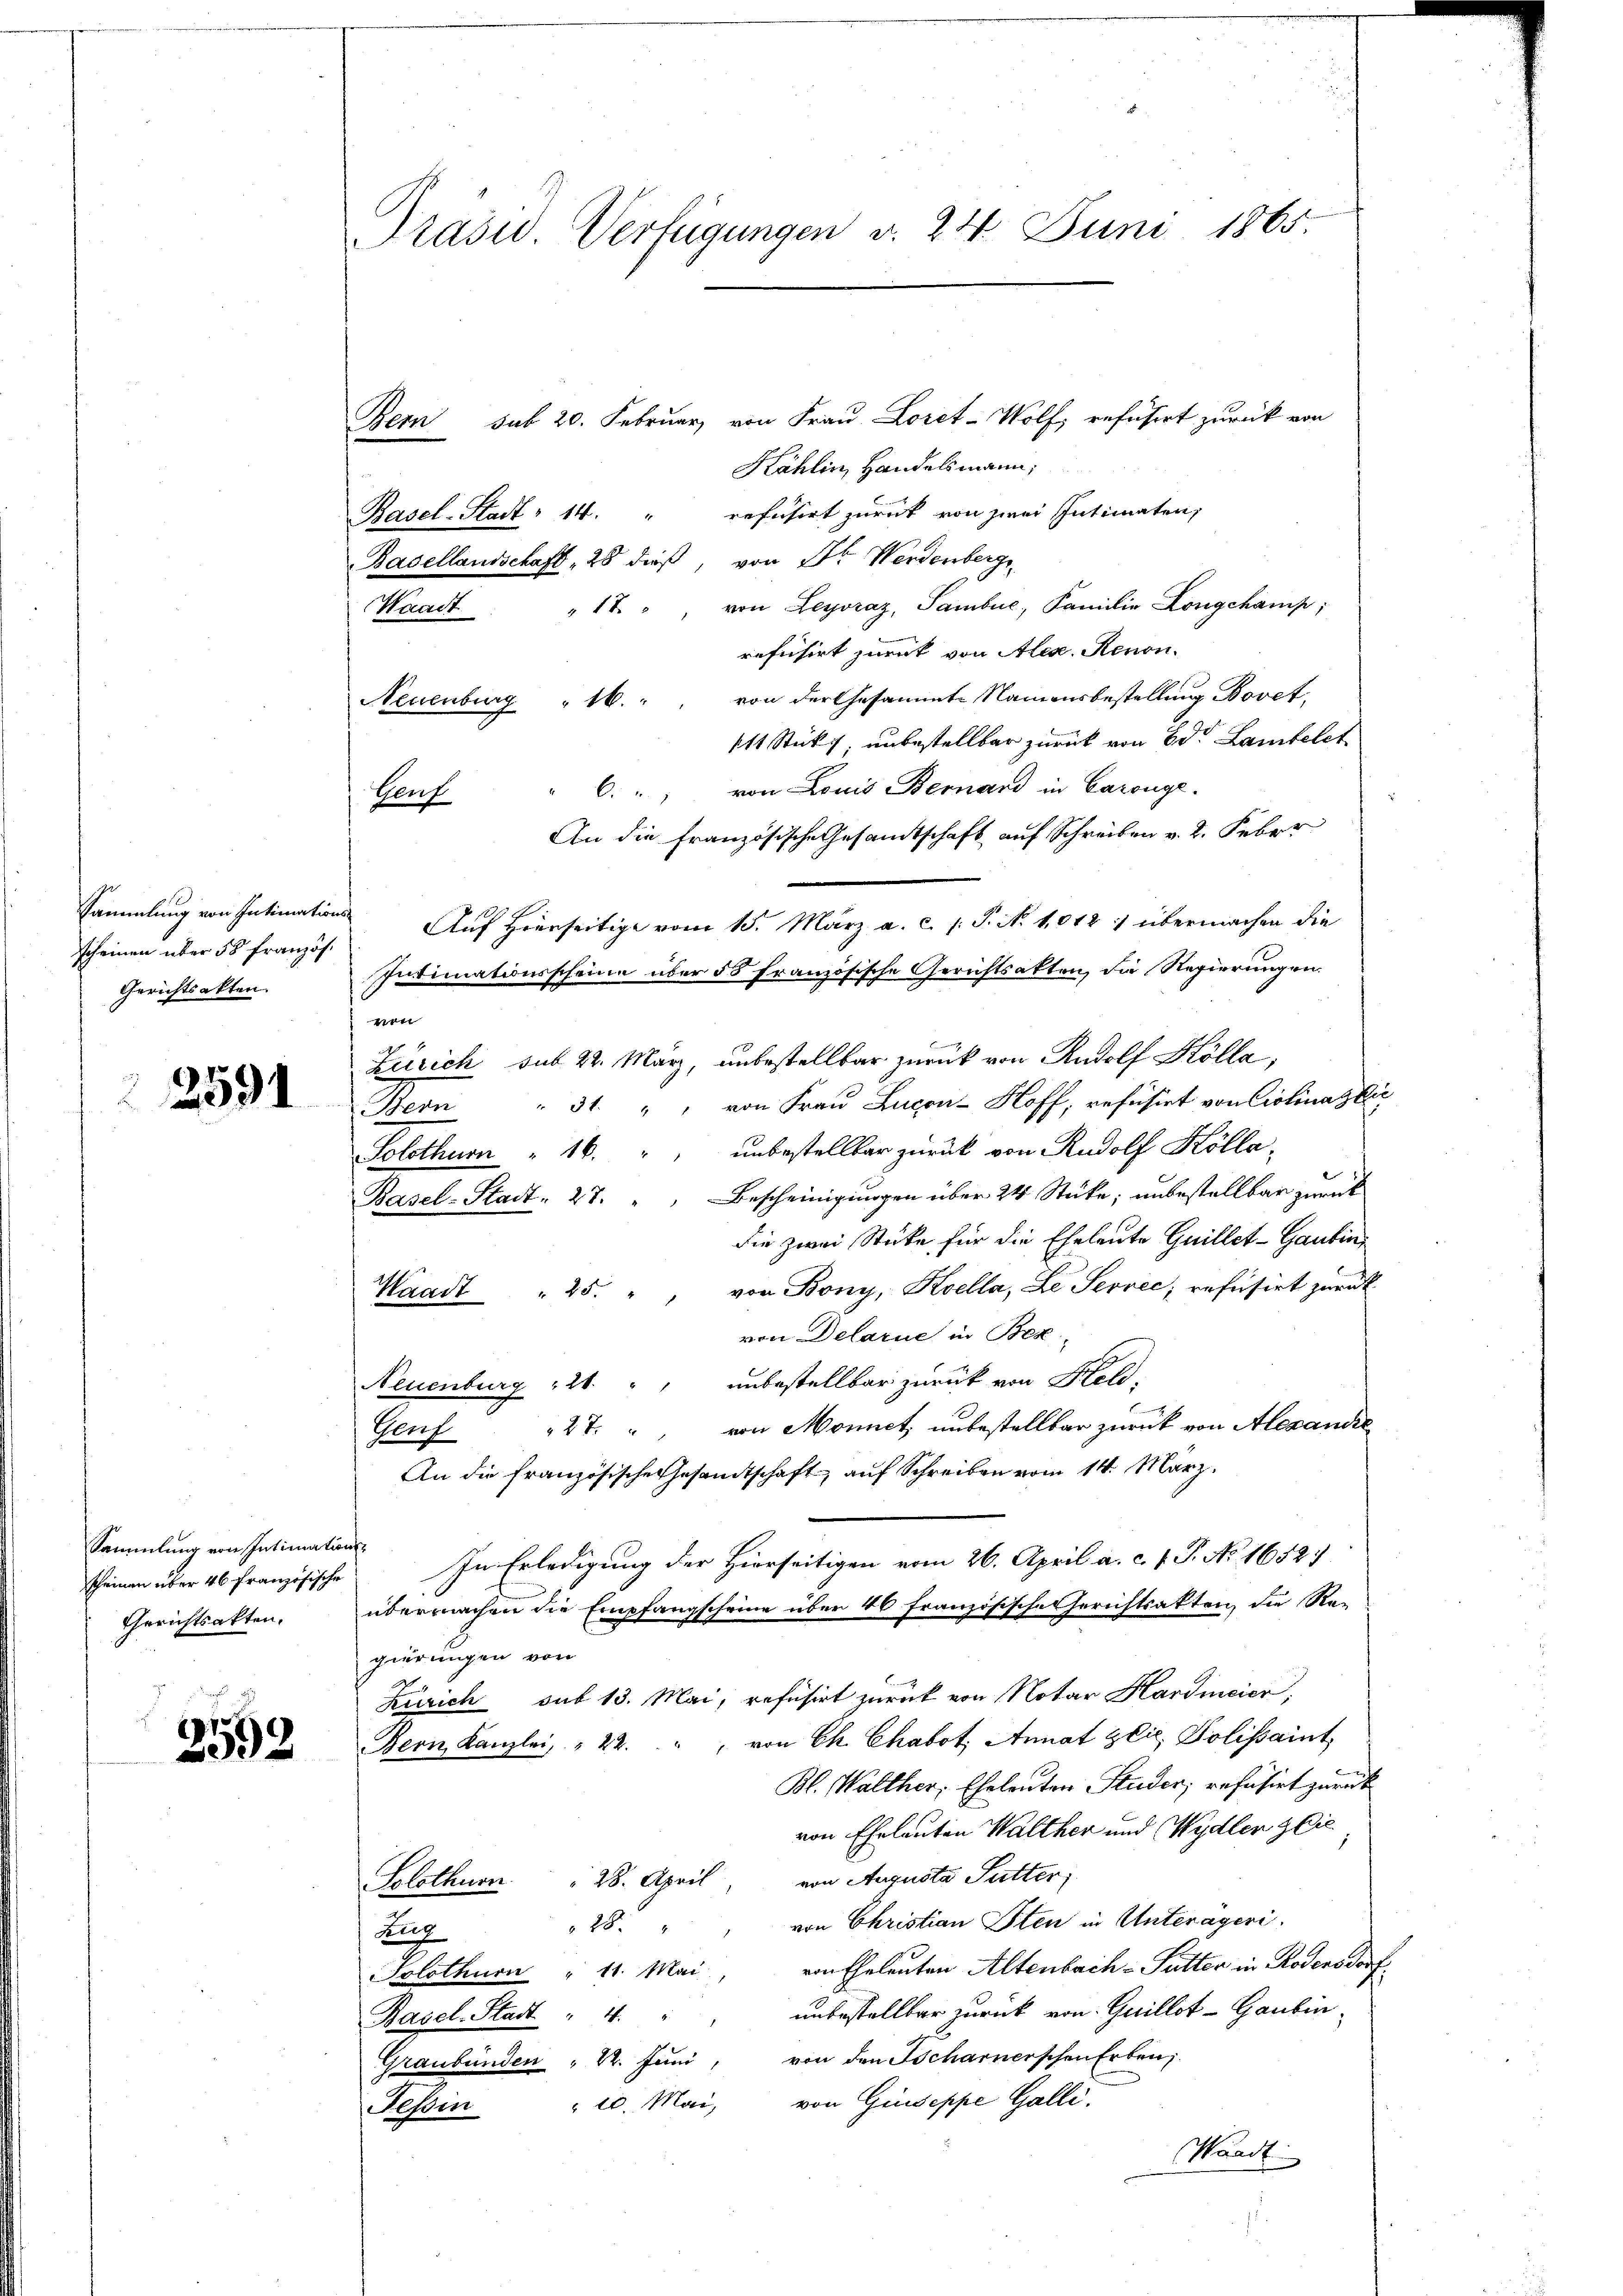
scheinen über 58 französ.
Gerichtsakten.

2591

Sammlung von Intimations-
scheinen über 46 französische
Gerichtsakten.

3592

Präsid. Verfügungen v. 24. Juni 1865.

Bern sub 20. Februar, von Frau Loret-Wolf, refusirt zurück von
Kählin, Handelsmann,
Basel-Stadt 14. " refusirt zurück von zwei Intimaten,
Basellandschaft . 28 dieß, von Dr. Werdenberge
Waadt " " 17. " von Leyoraz, Sambue, Familie Longchamp,
refüsirt zurück von Alex. Renon.
von der Gesammte Namensbestellung Bovet,
Neuenburg " 16.
stt Stück unbestellbar zurück von der Lantelet
" 6. " " von Louis Bernard in Carouge.
Gauf
An die französische Gesamtschaft auf Schreiben v. 2. Feber
Sammlung von Intimations Auf Hierseitige vom 15. März a. c. s. P. N. 1012 : übermachen die
Intimationsscheine über 55 Französische Gerichtsakten, die Regierungen.
von
F
Zürich sub 22. März, unbestellbar zurück von Rudolf Kölla,
Bern " 31. " " von Frau Lucon-Hoff, refusirt von Ciolinaglic
Solothurn " 16. " " unbestellbar zurück von Rudolf Kölla-
Basel-Stadt. 27. " " Bescheinigungen über 24 Stücke; unbestellbar zurück
die zwei Stücke für die Eheleute Guillet-Gautini
Waadt " 25. " " von Bony, Koella, Le Servec; refüsirt zurück
von Delarie in Bez
Neuenburg 12. " " unbestellbar zurück von Held,
Genf 27. " von Monnet, unbestellbar zurück von Alexandre
An die französische Gesandtschaft, auf Schreiben vom 14. März.
In Erledigung der Hierseitigen vom 26. April a. c. f. P. No 16527.
übermachen die Empfangscheine über 40 Französische Gerichtsakten, die Re-
gierungen von
Zürich sub 13. Mai, refusirt zurück von Notar Hardmeier;
Bern Kanzlei, " 22. " " von Ch. Chabot. Annat Glic. Solissaint
Bl. Walther, Eheleuten Studer, refüsirt zurück
von Eheleuten Walther und Wydler & Cie
von Augusta Sutter;
Solothurn 28. April
von Christian Sten in Unterägeri.
28.
Zug
von Eheleuten Altenbach- Futter in Rodensdorf
Solothurn " 11. Mai
Basel-Stadt " 4. " " unbestellbar zurück von Guillot-Gaubin-
Graubünden " 2. Juni, von den Tscharnerschen Erben.
 20. Mai, von Giuseppe Galli.
Teßin
Waadt